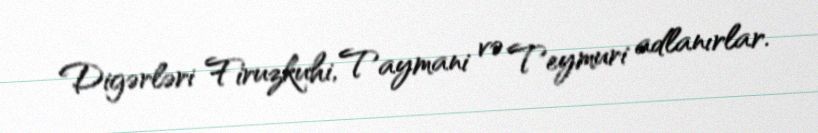
Digərləri Firuzkuhi, Taymani və Teymuri adlanırlar.